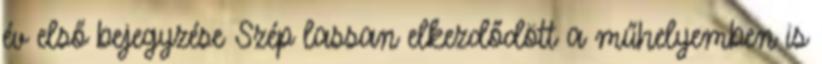
év első bejegyzése Szép lassan elkezdődött a műhelyemben is